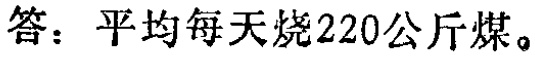
答：平均每天烧220公斤煤。